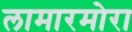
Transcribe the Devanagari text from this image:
लामारमोरा